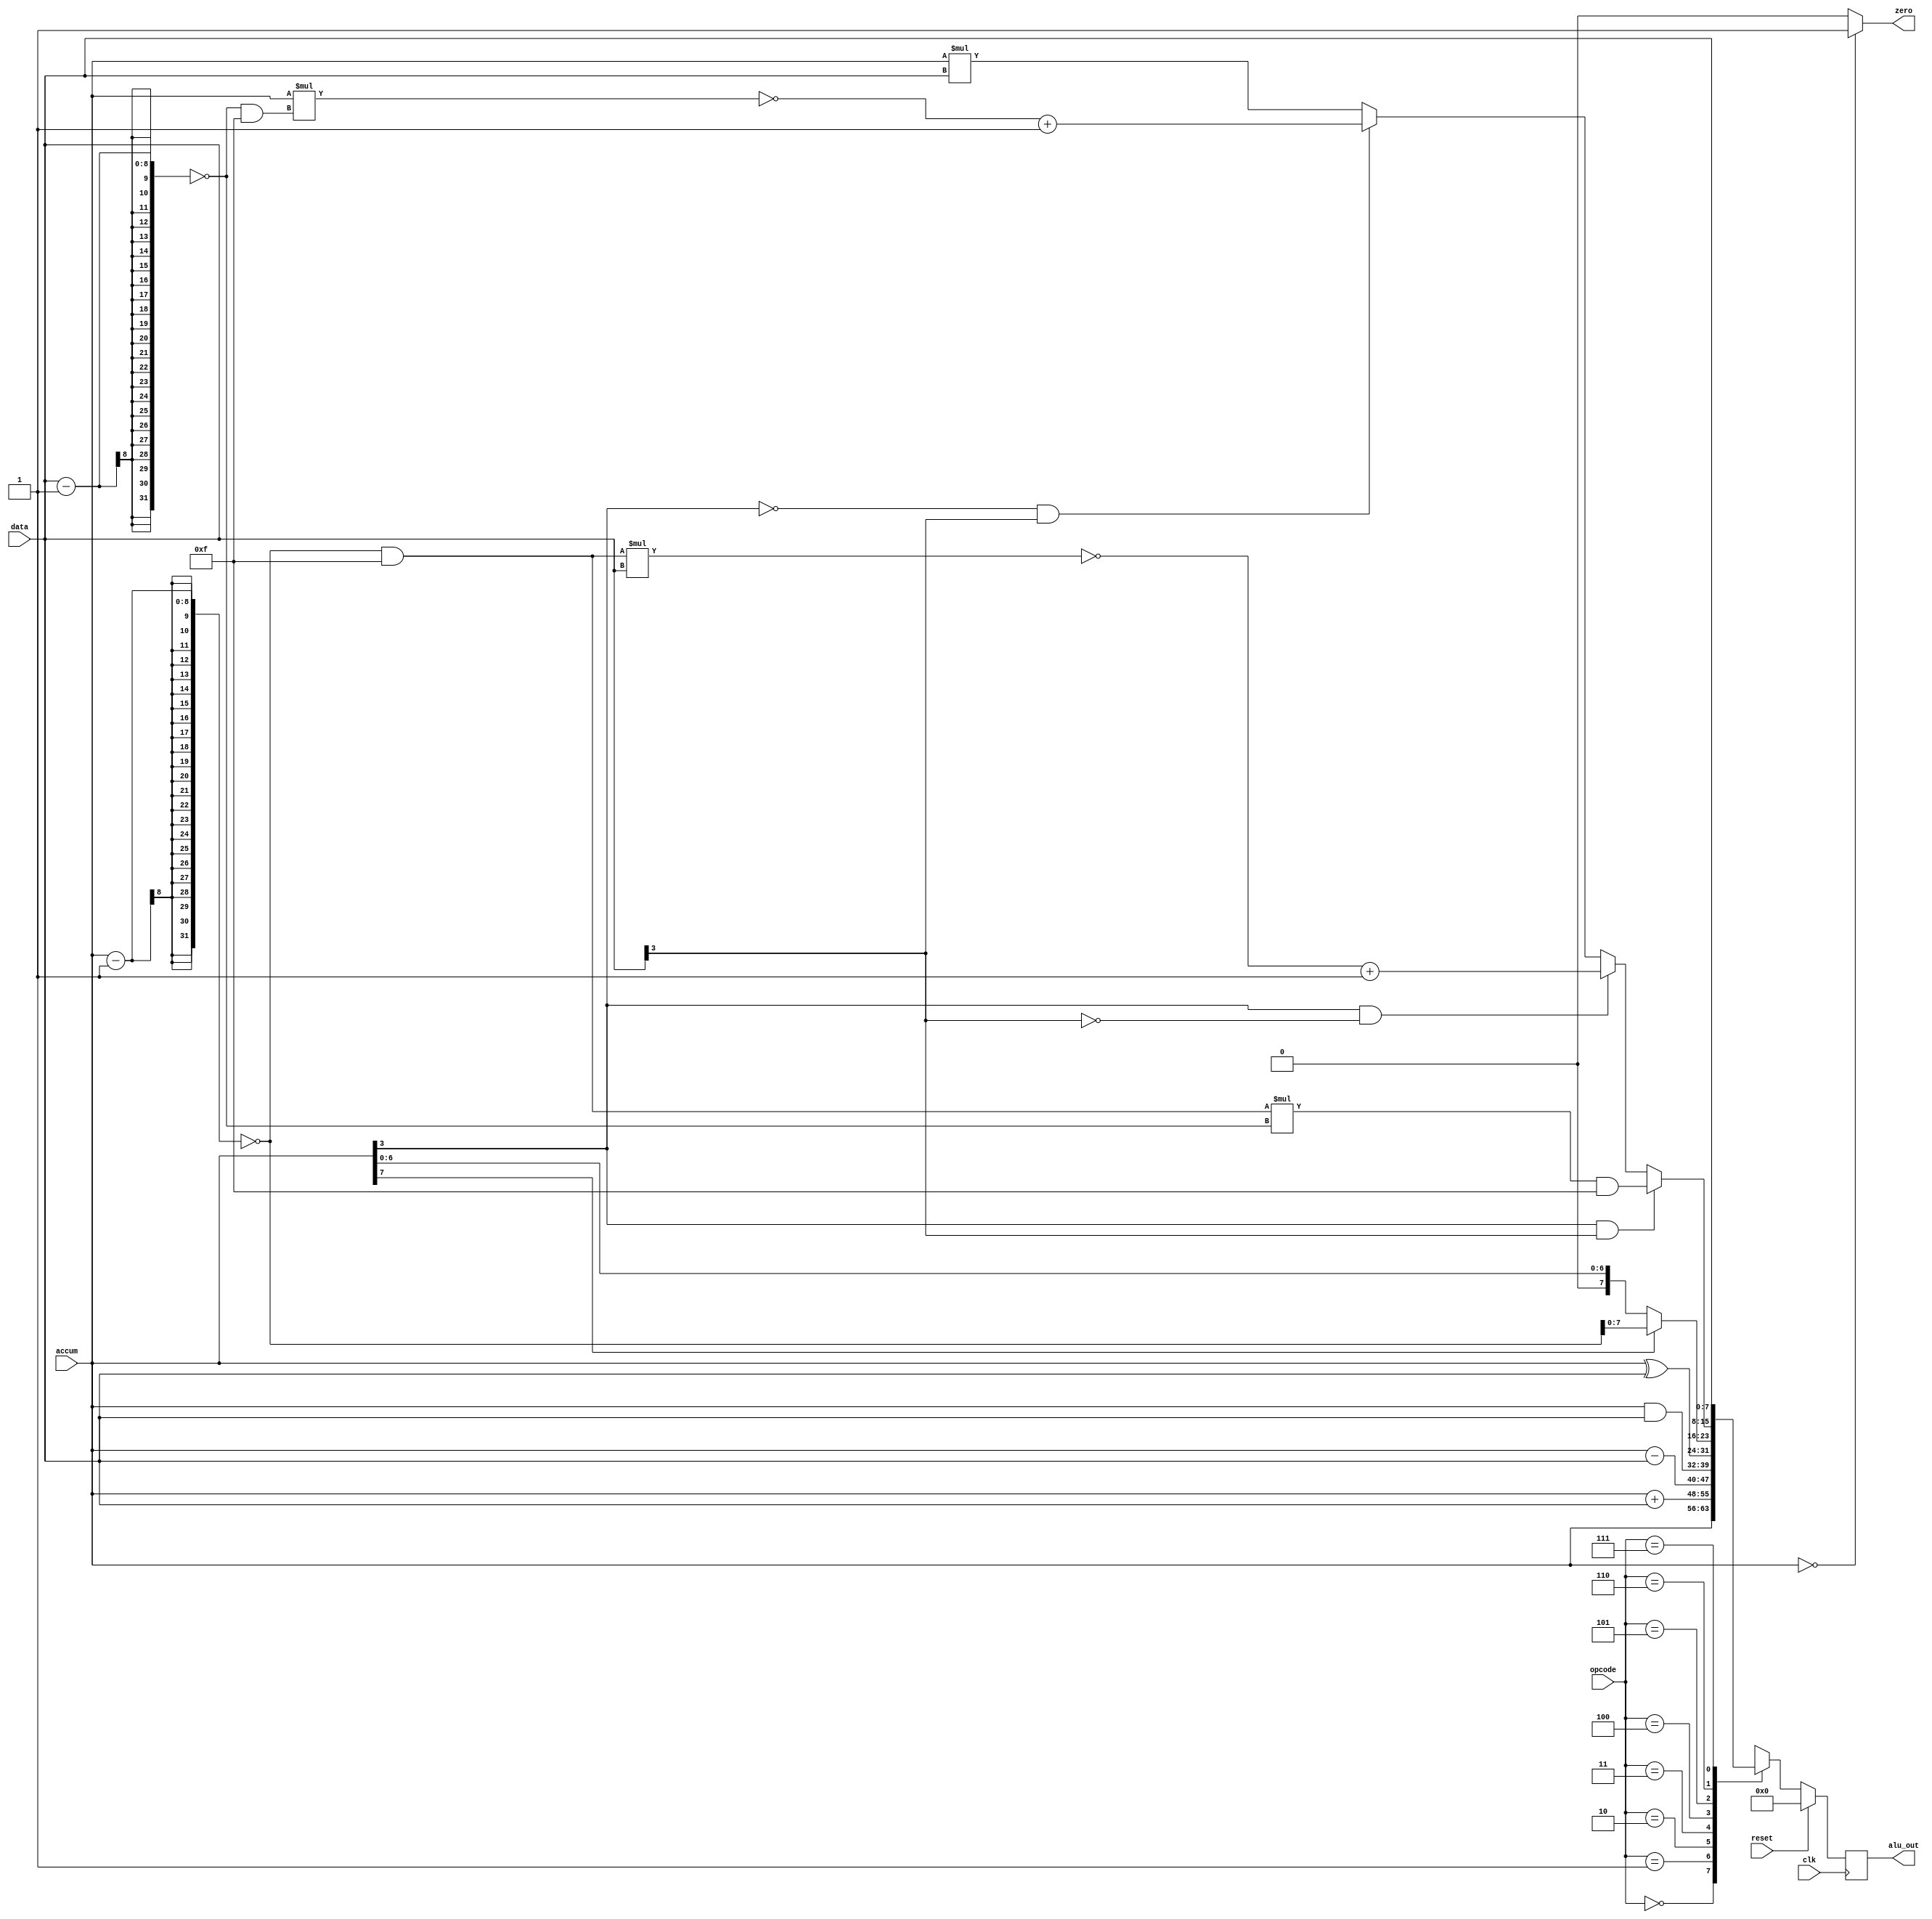
`timescale 1ns / 1ps
//////////////////////////////////////////////////////////////////////////////////
// Company: 
// Engineer: 
// 
// Design Name: 
// Module Name: alu
// Project Name: 
// Target Devices: 
// Tool Versions: 
// Description: 
// 
// Dependencies: 
// 
// Revision:
// Revision 0.01 - File Created
// Additional Comments:
// 
//////////////////////////////////////////////////////////////////////////////////


module alu(
    output reg [7:0] alu_out,
    output zero,
    input [2:0] opcode,
    input [7:0] data,
    input [7:0] accum,
    input clk,
    input reset
    );
    assign zero = (accum == 0) ? 1:0;
    always@(posedge clk) begin
        if(reset == 1)  alu_out <= 0;
        else begin
           case(opcode)
           3'b000: alu_out <= accum;
           3'b001: alu_out <= accum + data;
           3'b010: alu_out <= accum - data;
           3'b011: alu_out <= accum & data;
           3'b100: alu_out <= accum ^ data;
           3'b101: begin 
                    if(accum[7] == 1) alu_out <= ~(accum - 1) ;
                    else alu_out <= accum;
                   end
           3'b110: begin
                    if(accum[3]==1 && data[3]==1) begin
                        alu_out <= ((~(accum-1))&(8'b00001111)) * (~(data-1))&(8'b00001111);
                    end 
                    else if(accum[3]==1 && data[3]==0) begin
                        alu_out <= ~(((~(accum-1))&(8'b00001111)) * data) + 1;
                    end
                    else if(accum[3]==0 && data[3]==1) begin 
                        alu_out <= ~(accum *((~(data-1))&(8'b00001111))) +1;
                    end
                    else begin 
                        alu_out <= accum * data;
                    end
                    //alu_out <= accum * data;
           end
           3'b111: alu_out <= data;
           endcase
        end
    end
    
    
    
endmodule